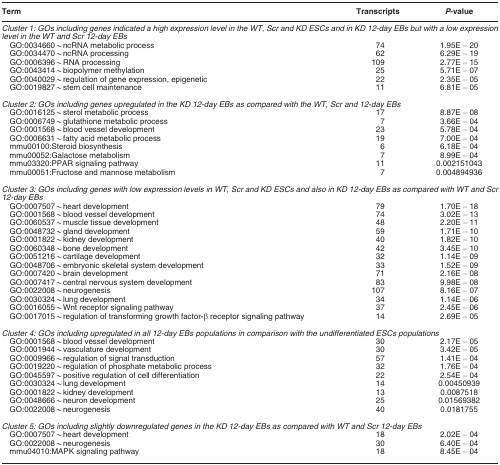
<table><thead><tr><td><b>Term</b></td><td><b>Transcripts</b></td><td><b><i>P</i>-value</b></td></tr></thead><tbody><tr><td colspan="3"><i>Cluster 1: GOs including genes indicated a high expression level in the WT, Scr and KD ESCs and in KD 12-day EBs but with a low expression level in the WT and Scr 12-day EBs</i></td></tr><tr><td> GO:0034660∼ncRNA metabolic process</td><td>74</td><td>1.95E−20</td></tr><tr><td> GO:0034470∼ncRNA processing</td><td>62</td><td>6.29E−19</td></tr><tr><td> GO:0006396∼RNA processing</td><td>109</td><td>2.77E−15</td></tr><tr><td> GO:0043414∼biopolymer methylation</td><td>25</td><td>5.71E−07</td></tr><tr><td> GO:0040029∼regulation of gene expression, epigenetic</td><td>22</td><td>2.35E−05</td></tr><tr><td> GO:0019827∼stem cell maintenance</td><td>11</td><td>6.81E−05</td></tr><tr><td> </td><td> </td><td> </td></tr><tr><td colspan="3"><i>Cluster 2: GOs including genes upregulated in the KD 12-day EBs as compared with the WT, Scr and 12-day EBs</i></td></tr><tr><td> GO:0016125∼sterol metabolic process</td><td>17</td><td>8.87E−08</td></tr><tr><td> GO:0006749∼glutathione metabolic process</td><td>7</td><td>3.66E−04</td></tr><tr><td> GO:0001568∼blood vessel development</td><td>23</td><td>5.78E−04</td></tr><tr><td> GO:0006631∼fatty acid metabolic process</td><td>19</td><td>7.00E−04</td></tr><tr><td> mmu00100:Steroid biosynthesis</td><td>6</td><td>6.18E−04</td></tr><tr><td> mmu00052:Galactose metabolism</td><td>7</td><td>8.99E−04</td></tr><tr><td> mmu03320:PPAR signaling pathway</td><td>11</td><td>0.002151043</td></tr><tr><td> mmu00051:Fructose and mannose metabolism</td><td>7</td><td>0.004894936</td></tr><tr><td> </td><td> </td><td> </td></tr><tr><td colspan="3"><i>Cluster 3: GOs including genes with low expression levels in WT, Scr and KD ESCs and also in KD 12-day EBs as compared with WT and Scr 12-day EBs</i></td></tr><tr><td> GO:0007507∼heart development</td><td>79</td><td>1.70E−18</td></tr><tr><td> GO:0001568∼blood vessel development</td><td>74</td><td>3.02E−13</td></tr><tr><td> GO:0060537∼muscle tissue development</td><td>48</td><td>2.20E−11</td></tr><tr><td> GO:0048732∼gland development</td><td>59</td><td>1.71E−10</td></tr><tr><td> GO:0001822∼kidney development</td><td>40</td><td>1.82E−10</td></tr><tr><td> GO:0060348∼bone development</td><td>42</td><td>3.45E−10</td></tr><tr><td> GO:0051216∼cartilage development</td><td>32</td><td>1.14E−09</td></tr><tr><td> GO:0048706∼embryonic skeletal system development</td><td>33</td><td>1.52E−09</td></tr><tr><td> GO:0007420∼brain development</td><td>71</td><td>2.16E−08</td></tr><tr><td> GO:0007417∼central nervous system development</td><td>83</td><td>9.98E−08</td></tr><tr><td> GO:0022008∼neurogenesis</td><td>107</td><td>8.16E−07</td></tr><tr><td> GO:0030324∼lung development</td><td>34</td><td>1.14E−06</td></tr><tr><td> GO:0016055∼Wnt receptor signaling pathway</td><td>37</td><td>2.45E−06</td></tr><tr><td> GO:0017015∼regulation of transforming growth factor-β receptor signaling pathway</td><td>14</td><td>2.69E−05</td></tr><tr><td> </td><td> </td><td> </td></tr><tr><td colspan="3"><i>Cluster 4: GOs including upregulated in all 12-day EBs populations in comparison with the undifferentiated ESCs populations</i></td></tr><tr><td> GO:0001568∼blood vessel development</td><td>30</td><td>2.17E−05</td></tr><tr><td> GO:0001944∼vasculature development</td><td>30</td><td>3.42E−05</td></tr><tr><td> GO:0009966∼regulation of signal transduction</td><td>57</td><td>1.41E−04</td></tr><tr><td> GO:0019220∼regulation of phosphate metabolic process</td><td>32</td><td>1.76E−04</td></tr><tr><td> GO:0045597∼positive regulation of cell differentiation</td><td>22</td><td>2.54E−04</td></tr><tr><td> GO:0030324∼lung development</td><td>14</td><td>0.00450939</td></tr><tr><td> GO:0001822∼kidney development</td><td>13</td><td>0.0087518</td></tr><tr><td> GO:0048666∼neuron development</td><td>25</td><td>0.01569382</td></tr><tr><td> GO:0022008∼neurogenesis</td><td>40</td><td>0.0181755</td></tr><tr><td> </td><td> </td><td> </td></tr><tr><td colspan="3"><i>Cluster 5: GOs including slightly downregulated genes in the KD 12-day EBs as compared with WT and Scr 12-day EBs</i></td></tr><tr><td> GO:0007507∼heart development</td><td>18</td><td>2.02E−04</td></tr><tr><td> GO:0022008∼neurogenesis</td><td>30</td><td>6.40E−04</td></tr><tr><td> mmu04010:MAPK signaling pathway</td><td>18</td><td>8.45E−04</td></tr></tbody></table>